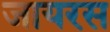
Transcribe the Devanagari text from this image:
जायरस